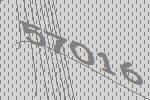
57016